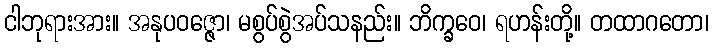
ငါဘုရားအား။ အနုပဝဇ္ဇော၊ မစွပ်စွဲအပ်သနည်း။ ဘိက္ခဝေ၊ ရဟန်းတို့။ တထာဂတော၊